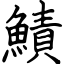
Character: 鰿